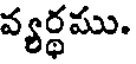
వ్యర్థము.